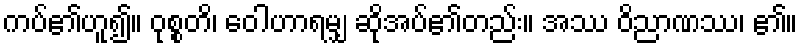
ကပ်၏ဟူ၍။ ဝုစ္စတိ၊ ဝေါဟာရမျှ ဆိုအပ်၏တည်း။ အဿ ဝိညာဏဿ၊ ၏။